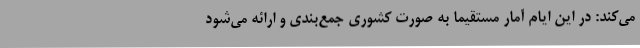
می‌کند: در این ایام آمار مستقیما به صورت کشوری جمع‌بندی و ارائه می‌شود